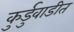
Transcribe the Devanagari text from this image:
कुर्डुवाडीत